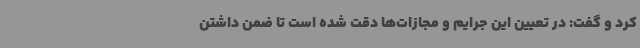
کرد و گفت: در تعیین این جرایم و مجازات‌ها دقت شده است تا ضمن داشتن